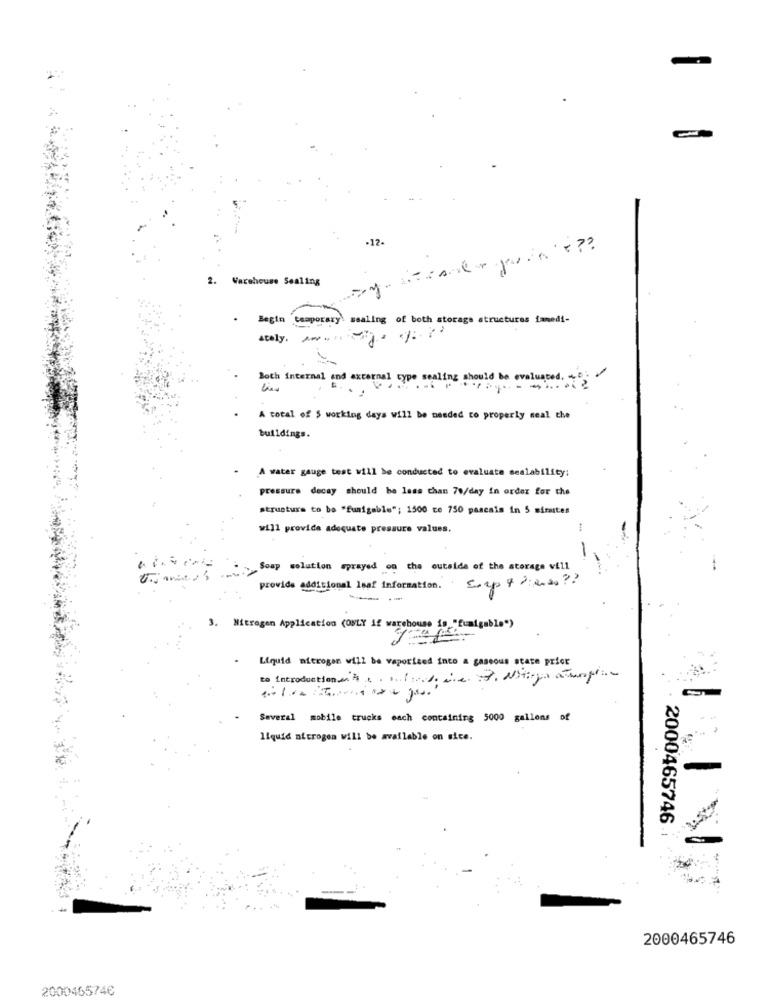
-12-
2. Warehouse Sealing
Begin temporary. sealing of both storage structures fanedi-
Ately.
Both internal and external type sealing should be evaluated. +
A total of $ working days will be needed to properly seal che
buildings.
.
A water gauge test will be conducted to evaluate sealability;
pressure decay should be less than 70/day in order for the
structure to be "funigeble"; 1500 ce 750 pascais in 5 mirates
will provide adequate pressure values,
-
wie>{Soap solution sprayed on the outside of the storage vill
provide additional Isar information. Corp & iwas ??
3. Nitrogen Application (ONLY if warehouse is "fumigable")
Liquid nitrogen will be vaporized into a gaseous state prior
to Introductionen 4. 0 (was die . Niiga atungli-
Several mobile trucks each containing 5000 gallons of
liquid nitrogen will be available on site.
2000465746
2000465746
200046574€